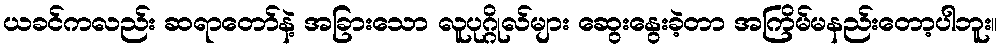
ယခင်ကလည်း ဆရာတော်နဲ့ အခြားသော လူပုဂ္ဂိုလ်များ ဆွေးနွေးခဲ့တာ အကြိမ်မနည်းတော့ပါဘူး။